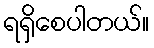
ရရှိစေပါတယ်။